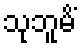
သုဘူမိံ